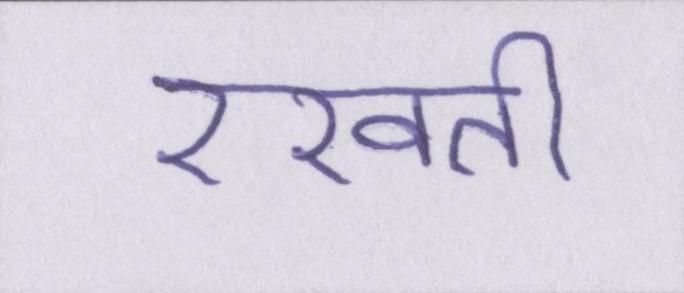
रखती